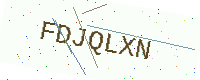
Text: FDJQLXN